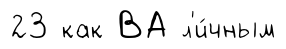
23 как ВА л'и́чным